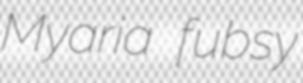
Myaria fubsy